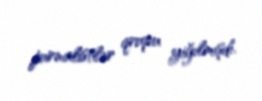
jurnalistlər qrupu yiğılmışdı.